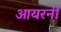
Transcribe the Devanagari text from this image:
आयरनी